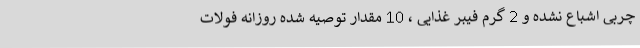
چربی اشباع نشده و 2 گرم فیبر غذایی ، 10 مقدار توصیه شده روزانه فولات